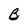
Character: B